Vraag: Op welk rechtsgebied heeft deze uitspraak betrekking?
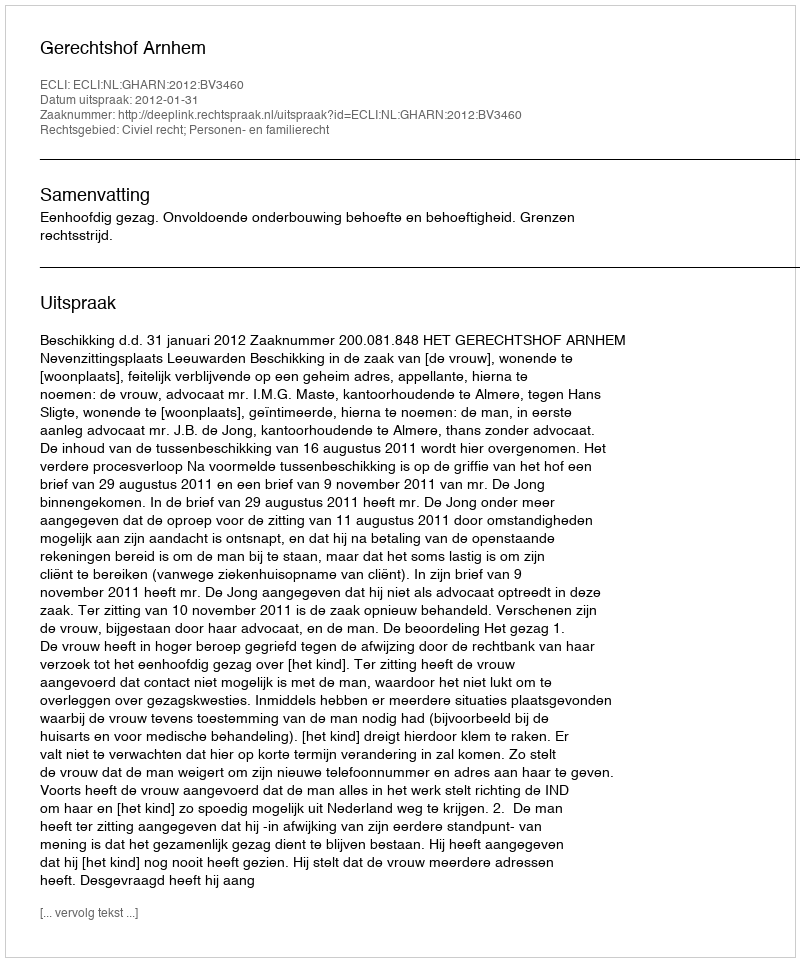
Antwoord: Civiel recht; Personen- en familierecht